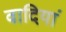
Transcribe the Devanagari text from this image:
वादियां